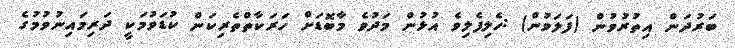
ބަރުދަން އިތުރުވުން (ފަލަވުން) :ހެލިފެލިވެ އުޅުން މަދުވެ މާބޮޑަށް ހަރަކާތްތެރިކަން ކުޑަވުމަކީ ދަރިމައިނުވުމުގެ